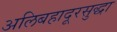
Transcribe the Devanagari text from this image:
अलिबहादूरसुद्धा